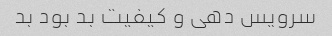
سرویس دهی و کیفیت بد بود بد